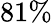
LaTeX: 81\%